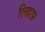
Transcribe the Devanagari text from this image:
लिहाफ़